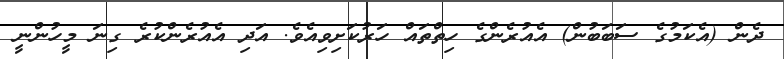
ދެން (އެކަމުގެ ސަބަބުން) އެއުރެންގެ ހިތްތައް ހަރުކަށިވިއެވެ. އަދި އެއުރެންކުރެ ގިނަ މީހުންނީ